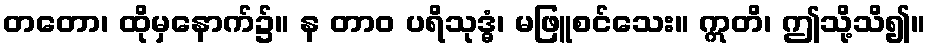
တတော၊ ထိုမှနောက်၌။ န တာဝ ပရိသုဒ္ဓံ၊ မဖြူစင်သေး။ ဣတိ၊ ဤသို့သိ၍။